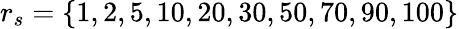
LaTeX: r_{s}=\{ 1,2,5,10,20,30,50,70,90,100\}